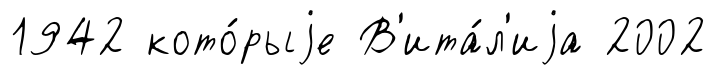
1942 кото́рыjе В'ита́л'иjа 2002